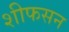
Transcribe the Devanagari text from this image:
शीफसन